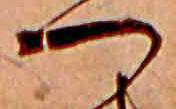
つ